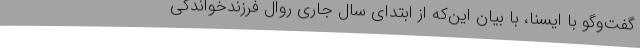
گفت‌وگو با ایسنا، با بیان این‌که از ابتدای سال جاری روال فرزندخواندگی